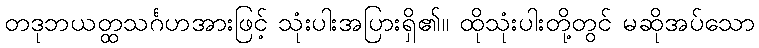
တဒုဘယတ္ထသင်္ဂဟအားဖြင့် သုံးပါးအပြားရှိ၏။ ထိုသုံးပါးတို့တွင် မဆိုအပ်သော